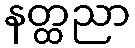
နတ္ထညာ